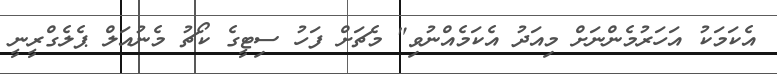
އެކަމަކު އަހަރުމެންނަށް މިއަދު އެކަމެއްނުވި" މެޗަށް ފަހު ސިޓީގެ ކޯޗު މެނުއަލް ޕެލެގްރީނީ